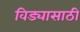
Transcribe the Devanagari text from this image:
विड्यासाठी